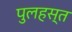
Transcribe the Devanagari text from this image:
पुलहस्त